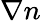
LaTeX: \nabla n